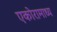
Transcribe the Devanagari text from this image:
एकोरामाध्य